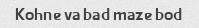
Kohne va bad maze bod